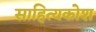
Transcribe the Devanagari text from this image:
साहित्यकोश